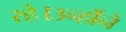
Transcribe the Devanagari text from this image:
रहे।उन्होंने